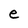
Character: e